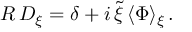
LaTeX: R \, D _ { \xi } = \delta + i \, \tilde { \xi } \, \langle \Phi \rangle _ { \xi } \, .